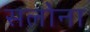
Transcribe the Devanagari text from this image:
सलोना